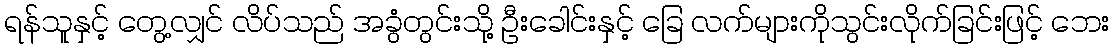
ရန်သူနှင့် တွေ့လျှင် လိပ်သည် အခွံတွင်းသို့ ဦးခေါင်းနှင့် ခြေ လက်များကိုသွင်းလိုက်ခြင်းဖြင့် ဘေး